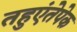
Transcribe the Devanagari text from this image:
तहुएंतेपेक